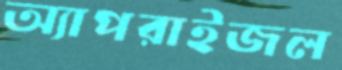
অ্যাপরাইজল